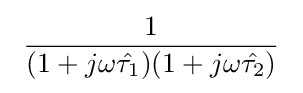
\ {\frac {1}{(1+j\omega {\hat {\tau _{1}}})(1+j\omega {\hat {\tau _{2}}})}}\